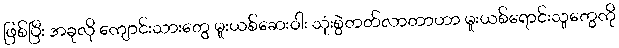
ဖြစ်ပြီး အခုလို ကျောင်းသားတွေ မူးယစ်ဆေးဝါး သုံးစွဲတတ်လာတာဟာ မူးယစ်ရောင်းသူတွေကို